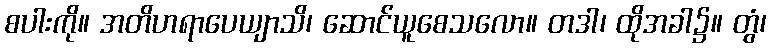
စပါးကို။ အတိဟရာပေယျာသိ၊ ဆောင်ယူစေသလော။ တဒါ၊ ထိုအခါ၌။ တွံ၊